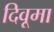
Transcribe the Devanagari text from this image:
दिवूमा